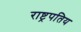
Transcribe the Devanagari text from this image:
राष्ट्रपतिय